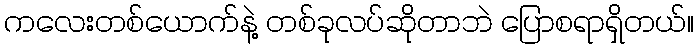
ကလေးတစ်ယောက်နဲ့ တစ်ခုလပ်ဆိုတာဘဲ ပြောစရာရှိတယ်။